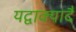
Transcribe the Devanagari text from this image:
यद्वाक्यादै